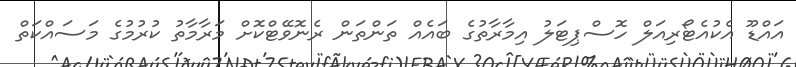
އައްޑޫ އެކުއެޓޯރިއަލް ހޮސްޕިޓަލު އިމާރާތުގެ ބައެއް ތަންތަން ރެނޮވޭޓްކޮށް މަރާމާތު ކުރުމުގެ މަސައްކަތް